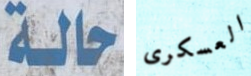
حالة العسكرى